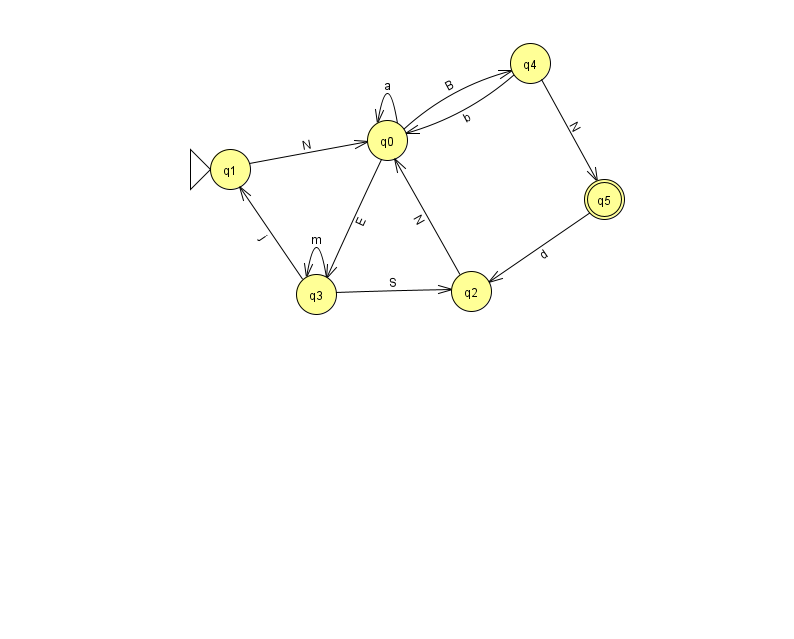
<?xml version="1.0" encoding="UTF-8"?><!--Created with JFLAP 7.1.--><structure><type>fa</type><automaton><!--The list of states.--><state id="0" name="q0"><x>387.0</x><y>127.0</y></state><state id="1" name="q1"><x>230.0</x><y>156.0</y><initial/></state><state id="2" name="q2"><x>471.0</x><y>278.0</y></state><state id="3" name="q3"><x>316.0</x><y>281.0</y></state><state id="4" name="q4"><x>530.0</x><y>50.0</y></state><state id="5" name="q5"><x>604.0</x><y>186.0</y><final/></state><!--The list of transitions.--><transition><from>1</from><to>0</to><read>N</read></transition><transition><from>0</from><to>0</to><read>a</read></transition><transition><from>4</from><to>5</to><read>N</read></transition><transition><from>2</from><to>0</to><read>N</read></transition><transition><from>3</from><to>1</to><read>j</read></transition><transition><from>0</from><to>3</to><read>E</read></transition><transition><from>3</from><to>2</to><read>S</read></transition><transition><from>0</from><to>4</to><read>B</read></transition><transition><from>3</from><to>3</to><read>m</read></transition><transition><from>4</from><to>0</to><read>b</read></transition><transition><from>5</from><to>2</to><read>d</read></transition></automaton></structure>